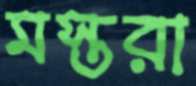
মস্তরা